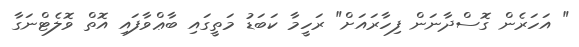
" އަހަރެން ގޮސްދާނަން ފިހާރައަށް" ރަހީމާ ކަބަޑު މަތީގައި ބާޢްވާފައި އޮތް ވޮލެޓްނަގާ